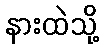
နားထဲသို့